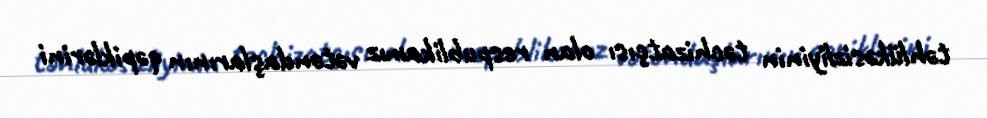
təhlükəsizliyinin təchizatçısı olan respublikamız vətəndaşlarının qəpiklərini